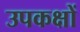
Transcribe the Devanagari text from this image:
उपकक्षों